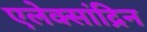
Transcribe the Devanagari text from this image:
एलेक्सांद्रिन